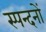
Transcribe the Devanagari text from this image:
स्पन्दनों